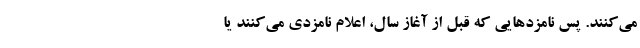
می‌کنند. پس نامزدهایی که قبل از آغاز سال، اعلام نامزدی می‌کنند یا